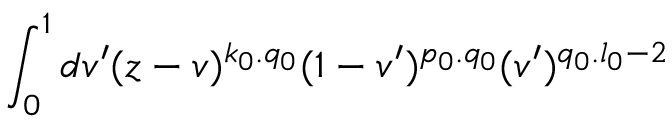
\int _ { 0 } ^ { 1 } d v ^ { \prime } ( z - v ) ^ { k _ { 0 } . q _ { 0 } } ( 1 - v ^ { \prime } ) ^ { p _ { 0 } . q _ { 0 } } ( v ^ { \prime } ) ^ { q _ { 0 } . l _ { 0 } - 2 }